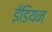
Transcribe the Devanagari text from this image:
ईडियन